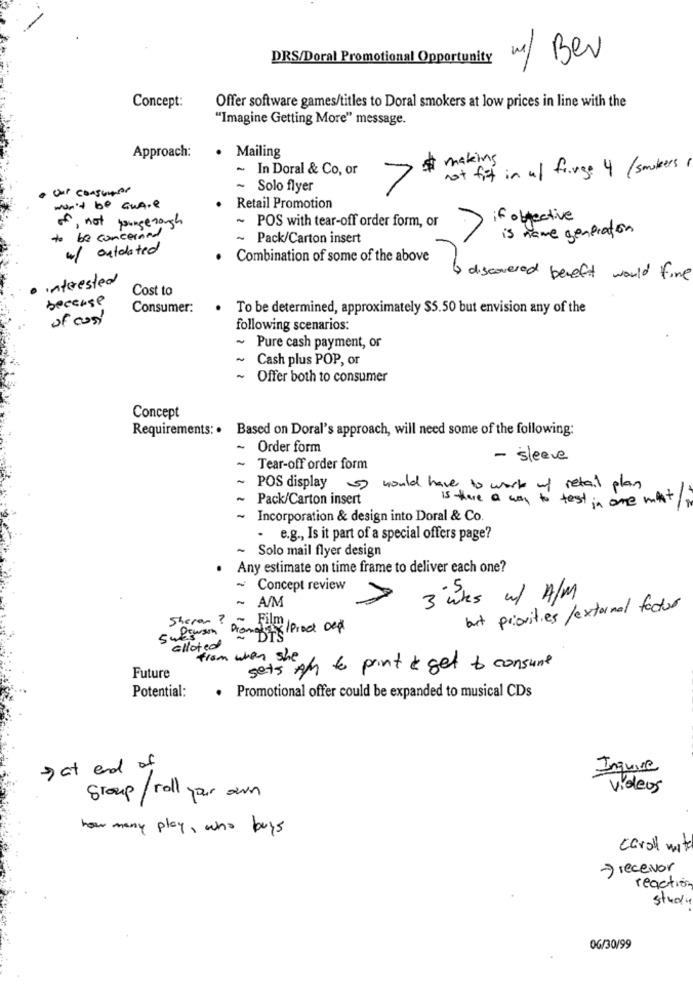
DRS/Doral Promotional Opportunity
w/ Ber
Offer software games/titles to Doral smokers at low prices in line with the
Concept:
"Imagine Getting More" message.
Approach:
. Mailing
$ making
~ In Doral & Co, or
not fit in ul farge 4 (smokers
. our consumer
~ Solo flyer
7
won't be aware
Retail Promotion
of, not youngenough
~ POS with tear-off order form, or
if objective
is name generator
to be concerned
~ Pack/Carton insert
w/ outdated
Combination of some of the above
interested
4) discovered beseft would fine
Cost to
because
Consumer:
To be determined, approximately $5.50 but envision any of the
of cost
following scenarios:
~ Pure cash payment, or
Cash plus POP, or
~ Offer both to consumer
Concept
Requirements: . Based on Doral's approach, will need some of the following:
-
Order form
- sleeve
-
Tear-off order form
-
POS display would have to work of retail plan
-
Pack/Carton insert
is there a way to test in one wat
-
Incorporation & design into Doral & Co.
- e.g ., Is it part of a special offers page?
~ Solo mail flyer design
Any estimate on time frame to deliver each one?
~ Concept review
~ A/M
3 wks w/ A /M
but priorities /external factor
Sheran
Sufinsin Dromebits
alloted
from when she
sets Ay to print & get to consume
Future
Potential:
Promotional offer could be expanded to musical CDs
> at end of
Inquire
videos
Group/ roll your own
how many play, who buys
caroll mite
-> receiver
reaction
study
0G/30/99